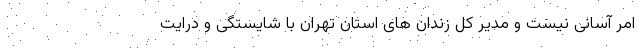
امر آسانی نیست و مدیر کل زندان های استان تهران با شایستگی و درایت